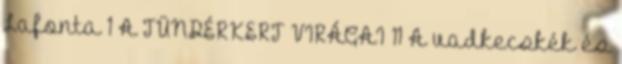
Lafonta 1 A TÜNDÉRKERT VIRÁGAI 11 A vadkecskék és